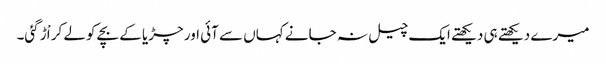
میرے دیکھتے ہی دیکھتے ایک چیل نہ جانے کہاں سے آئی اور چڑیا کے بچے کولے کر اْڑ گئی۔